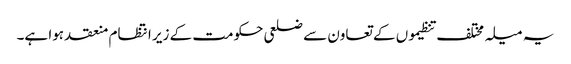
یہ میلہ مختلف تنظیموں کے تعاون سے ضلعی حکومت کے زیر انتظام منعقد ہوا ہے۔